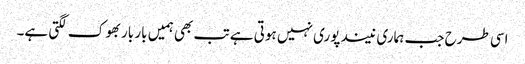
اسی طرح جب ہماری نیند پوری نہیں ہوتی ہے تب بھی ہمیں بار بار بھوک لگتی ہے۔